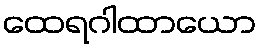
ထေရဂါထာယော